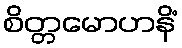
စိတ္တမောဟနိံ